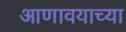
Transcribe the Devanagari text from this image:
आणावयाच्या